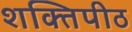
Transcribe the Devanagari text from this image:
शक्‍तिपीठ